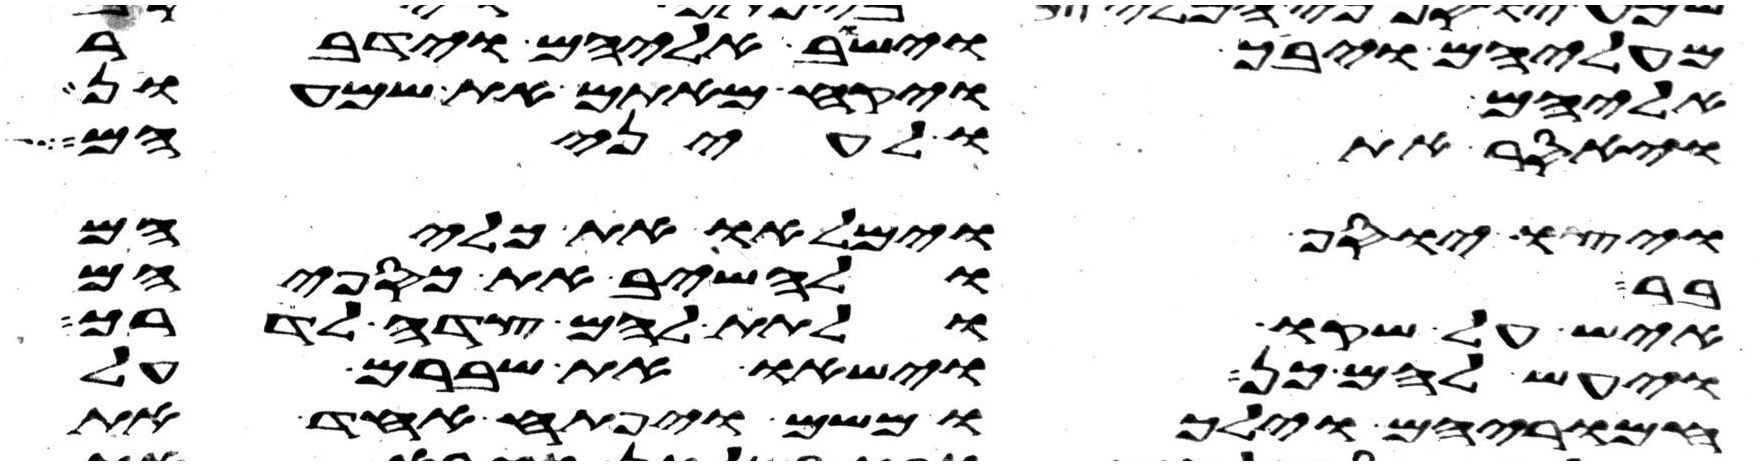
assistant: מעליהם ויבך וישב אליהם וידבר
אליהם ויקח מאתם את שמעון
ויאסר אתו לעיניהם
ויצו יוסף וימלאו את כליהם
בר ולהשיב את כספיהם
איש על שקו ולתת להם צדה לדרך
ויעש להם כן וישאו את שברם על
חמריהם וילכו משם ויפתח אחד את